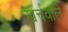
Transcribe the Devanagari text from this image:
खर्चवाले